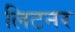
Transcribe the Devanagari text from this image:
लिटनर